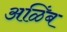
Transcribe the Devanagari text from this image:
अळिंब